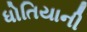
ધોતિયાની